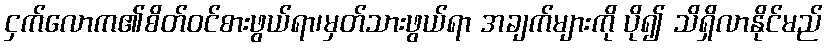
ငှက်လောက၏စိတ်ဝင်စားဖွယ်ရာ၊မှတ်သားဖွယ်ရာ အချက်များကို ပို၍ သိရှိလာနိုင်မည်